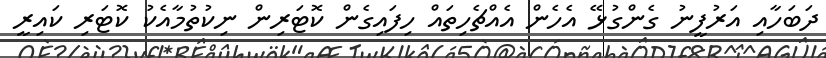
ދަބަހާއި އަރުފީނު ގެންގުޅޭ އެހެން އެއްޗެހިތައް ހިފައިގެން ކޮޓަރިން ނިކުތުމާއެކު ކޮޓަރި ކައިރީ